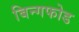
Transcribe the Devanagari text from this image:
बिन्गफोड